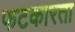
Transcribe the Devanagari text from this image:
फटकारता